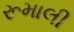
રૂમાલી